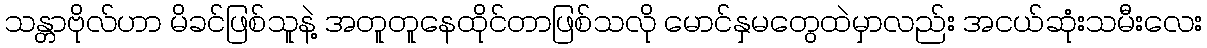
သန္တာဗိုလ်ဟာ မိခင်ဖြစ်သူနဲ့ အတူတူနေထိုင်တာဖြစ်သလို မောင်နှမတွေထဲမှာလည်း အငယ်ဆုံးသမီးလေး